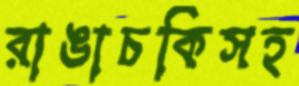
রাঙাচকিসহ